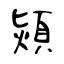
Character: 熲